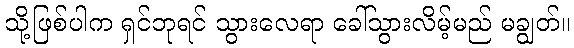
သို့ဖြစ်ပါက ရှင်ဘုရင် သွားလေရာ ခေါ်သွားလိမ့်မည် မချွတ်။